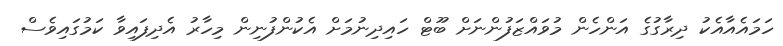
ހަމައެއާއެކު ދިރާގުގެ އަންހެން މުވައްޒަފުންނަށް ބޫޓް ހައިދިނުމަށް އެކުންފުނިން މިހާރު އެދިފައިވާ ކަމުގައިވެސް